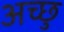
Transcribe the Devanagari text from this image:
अच्छु